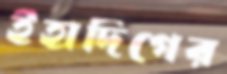
ইঁহাদিগের